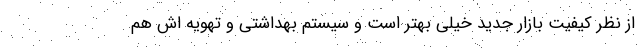
از نظر کیفیت بازار جدید خیلی بهتر است و سیستم بهداشتی و تهویه اش هم